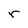
Character: r